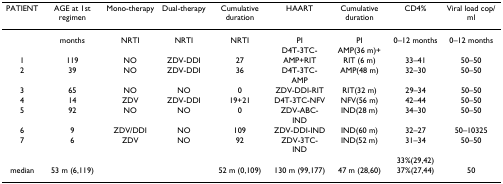
<table><thead><tr><td><b>PATIENT</b></td><td><b>AGE at 1st regimen</b></td><td><b>Mono-therapy</b></td><td><b>Dual-therapy</b></td><td><b>Cumulative duration</b></td><td><b>HAART</b></td><td><b>Cumulative duration</b></td><td><b>CD4%</b></td><td><b>Viral load cop/ml</b></td></tr></thead><tbody><tr><td>[EMPTY_CELL]</td><td>months</td><td>NRTI</td><td>NRTI</td><td>NRTI</td><td>PI</td><td>PI</td><td>0–12 months</td><td>0–12 months</td></tr><tr><td>[EMPTY_CELL]</td><td>[EMPTY_CELL]</td><td>[EMPTY_CELL]</td><td>[EMPTY_CELL]</td><td>[EMPTY_CELL]</td><td>D4T-3TC-</td><td>AMP(36 m)+</td><td>[EMPTY_CELL]</td><td>[EMPTY_CELL]</td></tr><tr><td>1</td><td>119</td><td>NO</td><td>ZDV-DDI</td><td>27</td><td>AMP+RIT</td><td>RIT (6 m)</td><td>33–41</td><td>50–50</td></tr><tr><td>2</td><td>39</td><td>NO</td><td>ZDV-DDI</td><td>36</td><td>D4T-3TC-AMP</td><td>AMP(48 m)</td><td>32–30</td><td>50–50</td></tr><tr><td>3</td><td>65</td><td>NO</td><td>NO</td><td>0</td><td>ZDV-DDI-RIT</td><td>RIT(32 m)</td><td>29–34</td><td>50–50</td></tr><tr><td>4</td><td>14</td><td>ZDV</td><td>ZDV-DDI</td><td>19+21</td><td>D4T-3TC-NFV</td><td>NFV(56 m)</td><td>42–44</td><td>50–50</td></tr><tr><td>5</td><td>92</td><td>NO</td><td>NO</td><td>0</td><td>ZDV-ABC-IND</td><td>IND(28 m)</td><td>34–30</td><td>50–50</td></tr><tr><td>6</td><td>9</td><td>ZDV/DDI</td><td>NO</td><td>109</td><td>ZDV-DDI-IND</td><td>IND(60 m)</td><td>32–27</td><td>50–10325</td></tr><tr><td>7</td><td>6</td><td>ZDV</td><td>NO</td><td>92</td><td>ZDV-3TC-IND</td><td>IND(52 m)</td><td>31–34</td><td>50–50</td></tr><tr><td>[EMPTY_CELL]</td><td>[EMPTY_CELL]</td><td>[EMPTY_CELL]</td><td>[EMPTY_CELL]</td><td>[EMPTY_CELL]</td><td>[EMPTY_CELL]</td><td>[EMPTY_CELL]</td><td>33%(29,42)</td><td>[EMPTY_CELL]</td></tr><tr><td>median</td><td>53 m (6,119)</td><td>[EMPTY_CELL]</td><td>[EMPTY_CELL]</td><td>52 m (0,109)</td><td>130 m (99,177)</td><td>47 m (28,60)</td><td>37%(27,44)</td><td>50</td></tr></tbody></table>